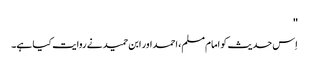
''
اِس حدیث کو امام مسلم، احمد اور ابن حمید نے روایت کیا ہے۔